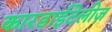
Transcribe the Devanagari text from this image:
कारडाईटेलीज़